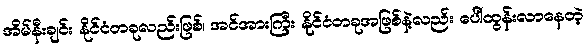
အိမ်နီးချင်း နိုင်ငံတခုလည်းဖြစ်၊ အင်အားကြီး နိုင်ငံတခုအဖြစ်နဲ့လည်း ပေါ်ထွန်းလာနေတဲ့